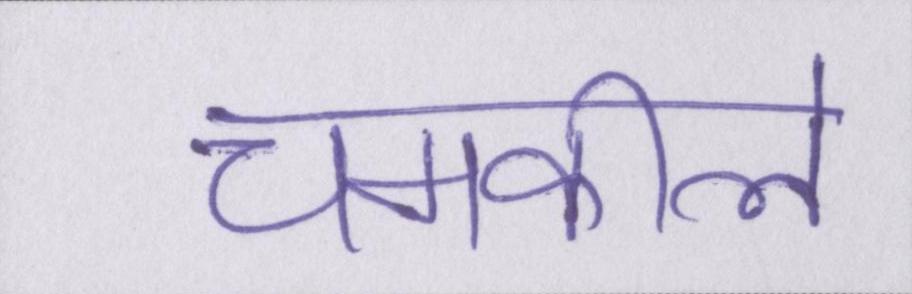
चमकीले